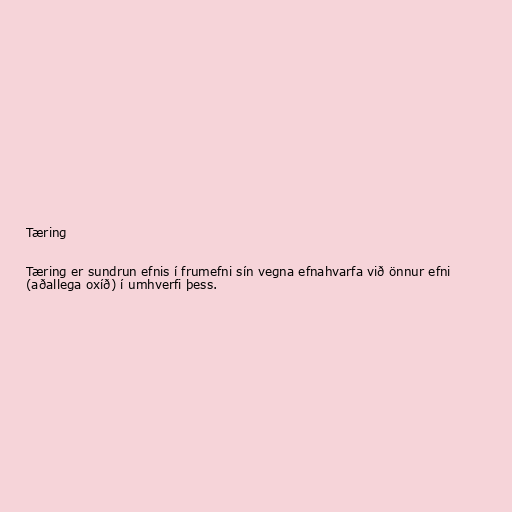
Tæring

Tæring er sundrun efnis í frumefni sín vegna efnahvarfa við önnur efni
(aðallega oxíð) í umhverfi þess.